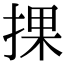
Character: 捰